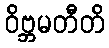
ဝိဗ္ဘမတီတိ